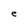
Character: e